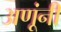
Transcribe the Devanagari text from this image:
अणूंनी